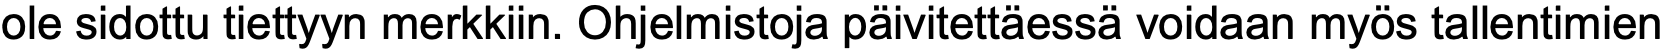
ole sidottu tiettyyn merkkiin. Ohjelmistoja päivitettäessä voidaan myös tallentimien